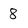
Character: 8